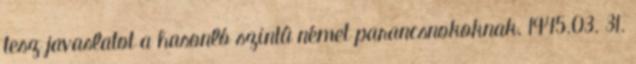
tesz javaslatot a hasonló szintû német parancsnokoknak. 1945.03. 31.